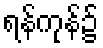
ရန်ကုန်၌